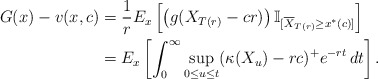
\begin{align*}G(x)-v(x,c)&= \frac{1}{r}E_x\left[\left(g(X_{T(r)}-cr)\right)\mathbb{I}_{[\overline{X}_{T(r)}\geq x^{\ast}(c)]} \right] \\&= E_x\left[ \int_0^{\infty}\sup_{0\leq u \leq t}(\kappa(X_u) -rc)^+ e^{-rt}\,dt \right].\end{align*}